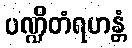
ပဏ္ဍိတံရဟန္တံ